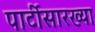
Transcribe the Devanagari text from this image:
पार्टीसारख्या